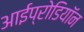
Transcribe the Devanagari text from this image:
आईप्रोडियॉन